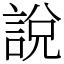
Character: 說